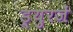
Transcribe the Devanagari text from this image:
ड्युरजें